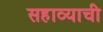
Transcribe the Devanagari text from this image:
सहाव्याची